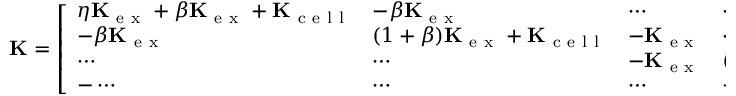
\mathbf { K } = \left[ \begin{array} { l l l l l } { \eta \mathbf { K } _ { \mathrm { ~ e ~ x ~ } } + \beta \mathbf { K } _ { \mathrm { ~ e ~ x ~ } } + \mathbf { K } _ { \mathrm { ~ c ~ e ~ l ~ l ~ } } } & { - \beta \mathbf { K } _ { \mathrm { ~ e ~ x ~ } } } & { \cdots } & { \cdots } & { \cdots } \\ { - \beta \mathbf { K } _ { \mathrm { ~ e ~ x ~ } } } & { ( 1 + \beta ) \mathbf { K } _ { \mathrm { ~ e ~ x ~ } } + \mathbf { K } _ { \mathrm { ~ c ~ e ~ l ~ l ~ } } } & { - \mathbf { K } _ { \mathrm { ~ e ~ x ~ } } } & { \cdots } & { \cdots } \\ { \cdots } & { \cdots } & { - \mathbf { K } _ { \mathrm { ~ e ~ x ~ } } } & { ( 1 + \beta ) \mathbf { K } _ { \mathrm { ~ e ~ x ~ } } + \mathbf { K } _ { \mathrm { ~ c ~ e ~ l ~ l ~ } } } & { - \beta \mathbf { K } _ { \mathrm { ~ e ~ x ~ } } } \\ { - \cdots } & { \cdots } & { \cdots } & { - \beta \mathbf { K } _ { \mathrm { ~ e ~ x ~ } } } & { \zeta \mathbf { K } _ { \mathrm { ~ e ~ x ~ } } + \beta \mathbf { K } _ { \mathrm { ~ e ~ x ~ } } + \mathbf { K } _ { \mathrm { ~ c ~ e ~ l ~ l ~ } } } \end{array} \right] \, .